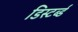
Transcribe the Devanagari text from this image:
डिस्टर्ब्ड